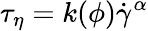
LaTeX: {{\tau}_{\eta}}=k(\phi){{\dot{\gamma}}^{\alpha}}